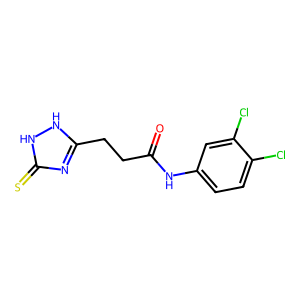
SMILES: O=C(CCc1nc(=S)[nH][nH]1)Nc1ccc(Cl)c(Cl)c1
Inhibits HIV replication: No